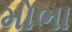
મોભા